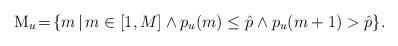
LaTeX: \begin{align*}\mathrm{M}_u \!=\! \left\{m \,| \,m \in [1, M] \wedge p_{u}(m) \leq \Hat{p}\wedge p_{u}(m+1) > \Hat{p}\right\}\!.\!\!\end{align*}